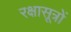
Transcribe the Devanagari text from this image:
रक्षासूत्रों